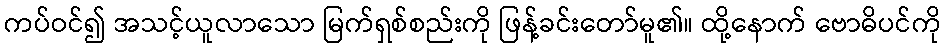
ကပ်ဝင်၍ အသင့်ယူလာသော မြက်ရှစ်စည်းကို ဖြန့်ခင်းတော်မူ၏။ ထို့နောက် ဗောဓိပင်ကို